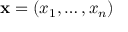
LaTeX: \mathbf { x } = ( x _ { 1 } , \ldots , x _ { n } )